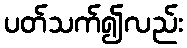
ပတ်သက်၍လည်း